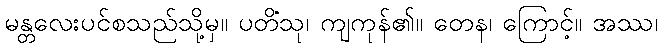
မန္တလေးပင်စသည်သို့မှ။ ပတိံသု၊ ကျကုန်၏။ တေန၊ ကြောင့်။ အဿ၊